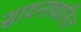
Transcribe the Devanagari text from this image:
सायनाधारित